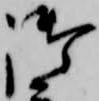
御